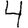
Digit: 4